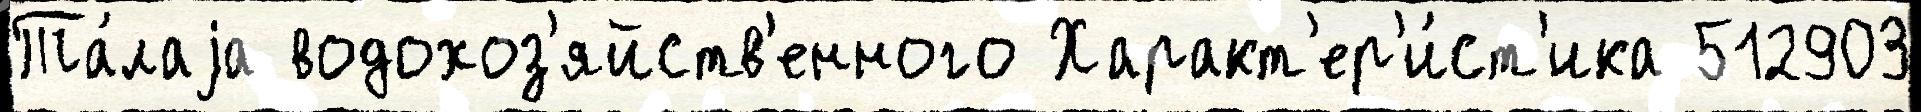
Та́лаjа водохоз'яйств'енного Характ'ер'и́ст'ика 512903